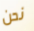
نحن